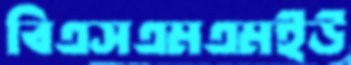
বিএসএমএমইউ